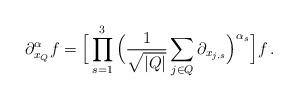
LaTeX: \begin{align*} \partial_{x_Q}^{\alpha}f =\Big[\prod_{s=1}^{3} \Big(\frac{1}{\sqrt{|Q|}}\sum_{j\in Q}\partial_{x_{j,s}}\Big)^{\alpha_s}\Big] f\,.\end{align*}